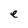
Character: e